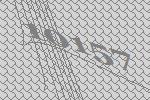
10157